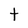
Character: t